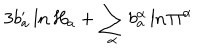
3 b _ { a } ^ { \prime } \ln H _ { a } + \sum _ { \alpha } b _ { a } ^ { \alpha } \ln \Pi ^ { \alpha }